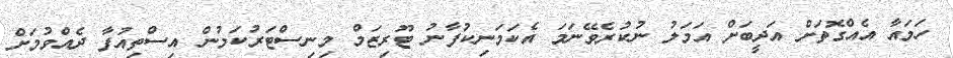
ހަމައާ އެއްގޮތަށް އަދީބަށް އަމަލު ނުކުރެވޭނަމަ އެކަމަނިކުފާނު ޓޫރިޒަމް މިނިސްޓަރުކަމުން އިސްތިއުފާ ދެއްވުމަށް